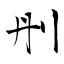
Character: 刐